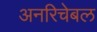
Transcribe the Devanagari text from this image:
अनरिचेबल